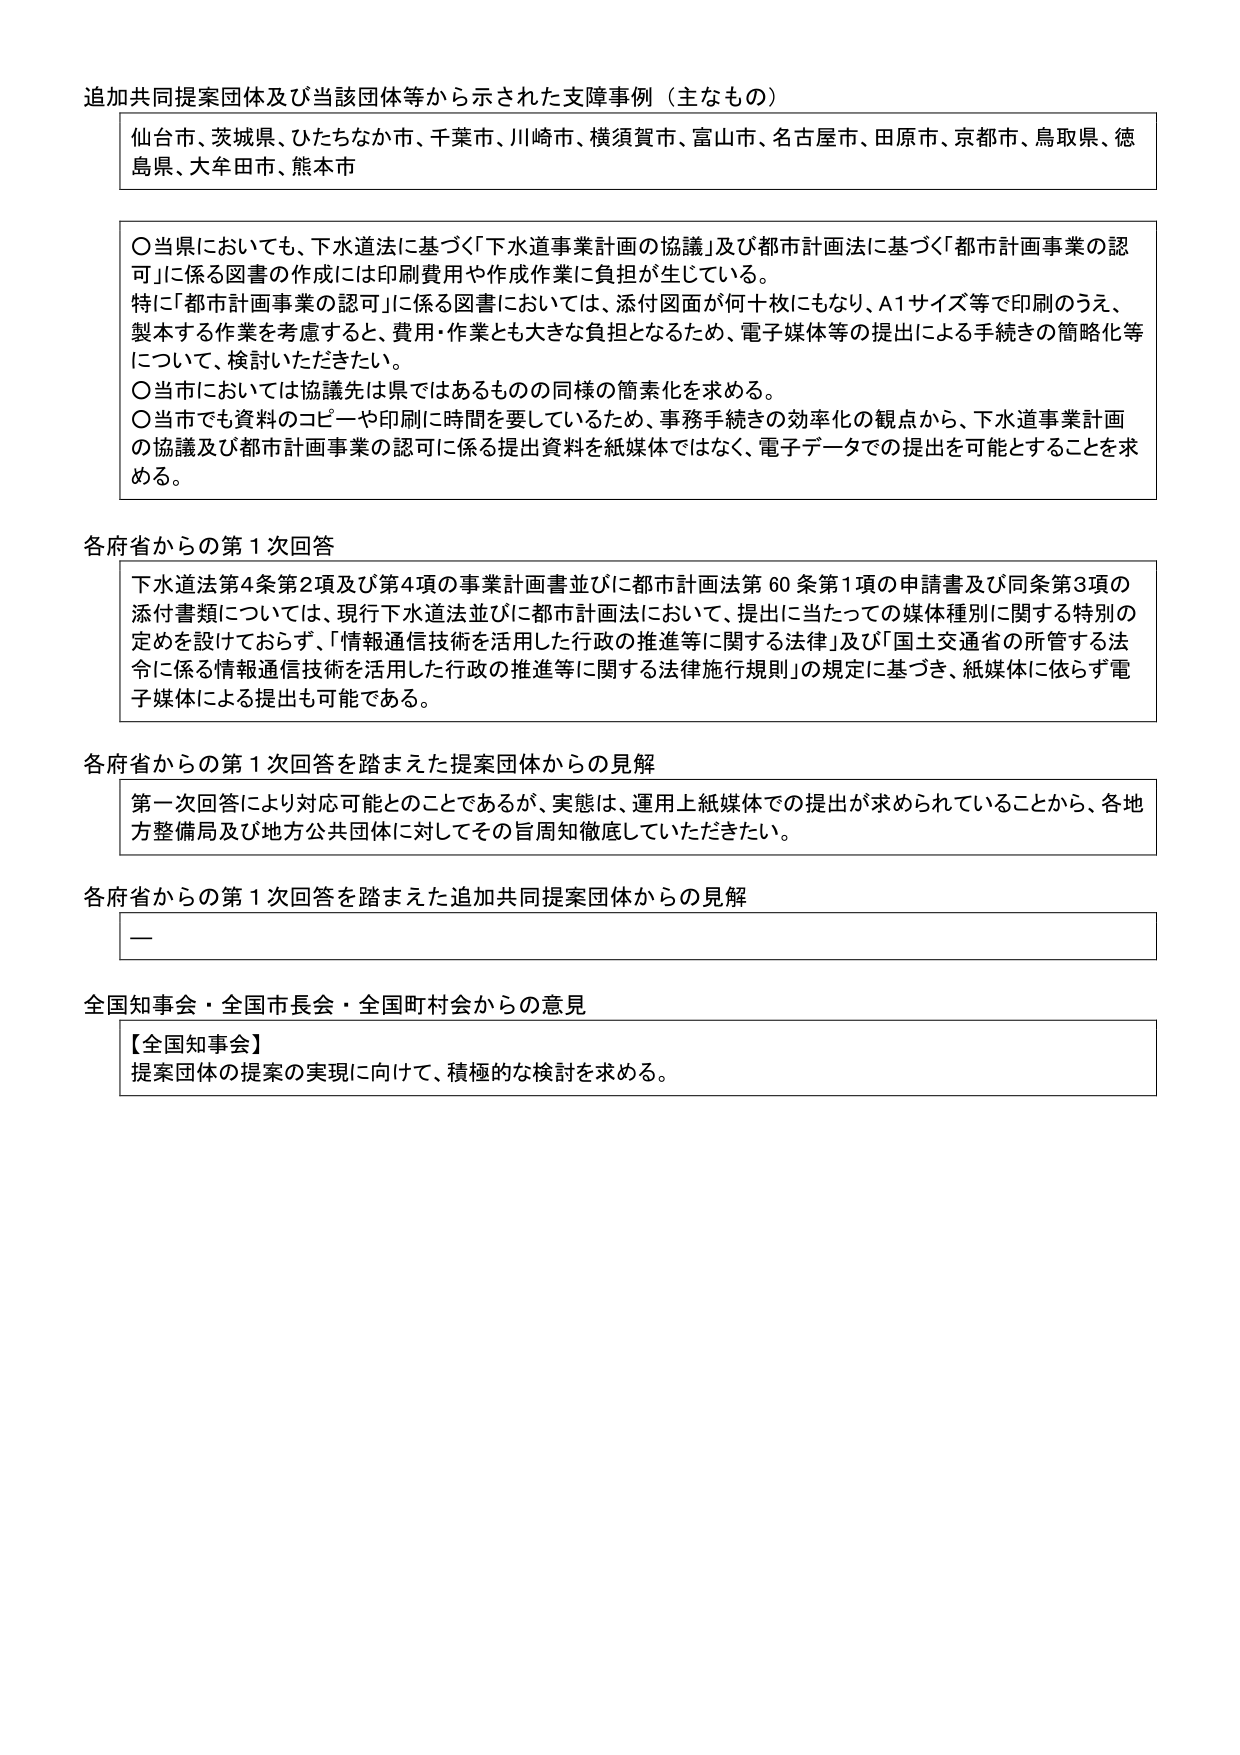
追加共同提案団体及び当該団体等から示された支障事例（主なもの）

仙台市、茨城県、ひたちなか市、千葉市、川崎市、横須賀市、富山市、名古屋市、田原市、京都市、鳥取県、徳島県、大牟田市、熊本市

○当県においても、下水道法に基づく「下水道事業計画の協議」及び都市計画法に基づく「都市計画事業の認可」に係る図書の作成には印刷費用や作成作業に負担が生じている。
特に「都市計画事業の認可」に係る図書においては、添付図面が何十枚にもなり、A1サイズ等で印刷のうえ、製本する作業を考慮すると、費用・作業とも大きな負担となるため、電子媒体等の提出による手続きの簡略化等について、検討いただきたい。
○当市においては協議先は県ではあるものの同様の簡素化を求める。
○当市でも資料のコピーや印刷に時間を要しているため、事務手続きの効率化の観点から、下水道事業計画の協議及び都市計画事業の認可に係る提出資料を紙媒体ではなく、電子データでの提出を可能とすることを求める。

各府省からの第1次回答

下水道法第4条第2項及び第4項の事業計画書並びに都市計画法第60条第1項の申請書及び同条第3項の添付書類については、現行下水道法並びに都市計画法において、提出に当たっての媒体種別に関する特別の定めを設けておらず、「情報通信技術を活用した行政の推進等に関する法律」及び「国土交通省の所管する法令に係る情報通信技術を活用した行政の推進等に関する法律施行規則」の規定に基づき、紙媒体に依らず電子媒体による提出も可能である。

各府省からの第1次回答を踏まえた提案団体からの見解

第一次回答により対応可能とのことであるが、実態は、運用上紙媒体での提出が求められていることから、各地方整備局及び地方公共団体に対してその旨周知徹底していただきたい。

各府省からの第1次回答を踏まえた追加共同提案団体からの見解

—

全国知事会・全国市長会・全国町村会からの意見

【全国知事会】
提案団体の提案の実現に向けて、積極的な検討を求める。